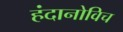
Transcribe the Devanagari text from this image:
हंदानोविच